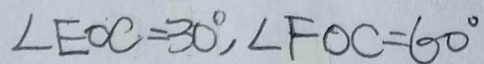
\angle E O C = 3 0 ^ { \circ } , \angle F O C = 6 0 ^ { \circ }